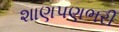
શાણપણભરી